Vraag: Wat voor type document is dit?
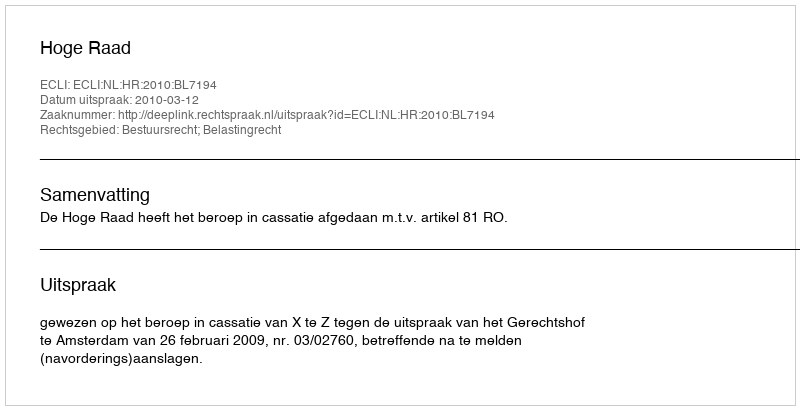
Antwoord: Uitspraak